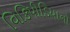
વિકિપીડિયાનો